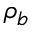
\rho _ { b }